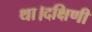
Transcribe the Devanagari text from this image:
था।दक्षिणी